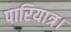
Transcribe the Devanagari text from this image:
पारियात्र।